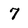
Character: 7